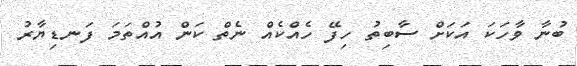
ބުނާ ވާހަކަ އަކަށް ސާބިތު ހިފޭ ހެއްކެއް ނެތް ކަން އުއްތަމަ ފަނޑިޔާރު